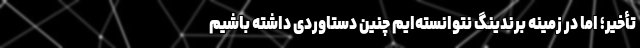
تأخیر؛ اما در زمینه برندینگ نتوانسته‌ایم چنین دستاوردی داشته باشیم